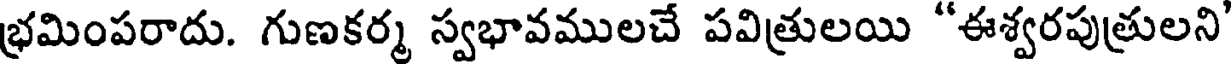
భ్రమింపరాదు. గుణకర్మ స్వభావములచే పవిత్రులయి "ఈశ్వరపుత్రులని